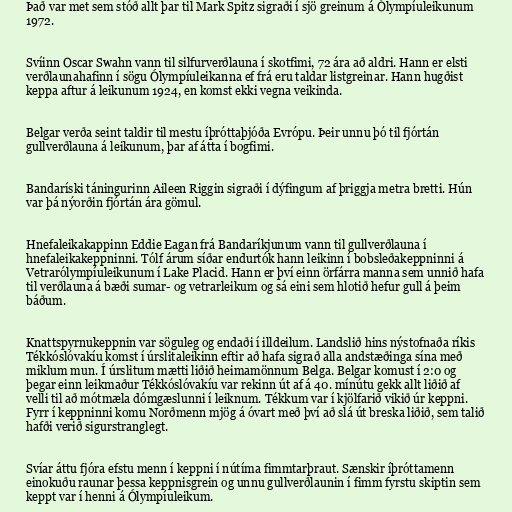
Það var met sem stóð allt þar til Mark Spitz sigraði í sjö greinum á Ólympíuleikunum
1972.

Svíinn Oscar Swahn vann til silfurverðlauna í skotfimi, 72 ára að aldri. Hann er elsti
verðlaunahafinn í sögu Ólympíuleikanna ef frá eru taldar listgreinar. Hann hugðist
keppa aftur á leikunum 1924, en komst ekki vegna veikinda.

Belgar verða seint taldir til mestu íþróttaþjóða Evrópu. Þeir unnu þó til fjórtán
gullverðlauna á leikunum, þar af átta í bogfimi.

Bandaríski táningurinn Aileen Riggin sigraði í dýfingum af þriggja metra bretti. Hún
var þá nýorðin fjórtán ára gömul.

Hnefaleikakappinn Eddie Eagan frá Bandaríkjunum vann til gullverðlauna í
hnefaleikakeppninni. Tólf árum síðar endurtók hann leikinn í bobsleðakeppninni á
Vetrarólympíuleikunum í Lake Placid. Hann er því einn örfárra manna sem unnið hafa
til verðlauna á bæði sumar- og vetrarleikum og sá eini sem hlotið hefur gull á þeim
báðum.

Knattspyrnukeppnin var söguleg og endaði í illdeilum. Landslið hins nýstofnaða ríkis
Tékkóslóvakíu komst í úrslitaleikinn eftir að hafa sigrað alla andstæðinga sína með
miklum mun. Í úrslitum mætti liðið heimamönnum Belga. Belgar komust í 2:0 og
þegar einn leikmaður Tékkóslóvakíu var rekinn út af á 40. mínútu gekk allt liðið af
velli til að mótmæla dómgæslunni í leiknum. Tékkum var í kjölfarið vikið úr keppni.
Fyrr í keppninni komu Norðmenn mjög á óvart með því að slá út breska liðið, sem talið
hafði verið sigurstranglegt.

Svíar áttu fjóra efstu menn í keppni í nútíma fimmtarþraut. Sænskir íþróttamenn
einokuðu raunar þessa keppnisgrein og unnu gullverðlaunin í fimm fyrstu skiptin sem
keppt var í henni á Ólympíuleikum.